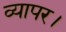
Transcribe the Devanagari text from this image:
व्यापर।